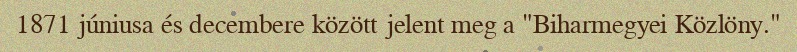
1871 júniusa és decembere között jelent meg a "Biharmegyei Közlöny."